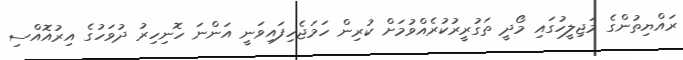
ރައްޔިތުންގެ މަޖިލީހުގައި މޯދީ ތަގުރީރުކުރެއްވުމަށް ކުރިން ހަމަޖެހިފައިވަނީ އަންނަ ހޮނިހިރު ދުވަހުގެ އިރުއޮއްސި